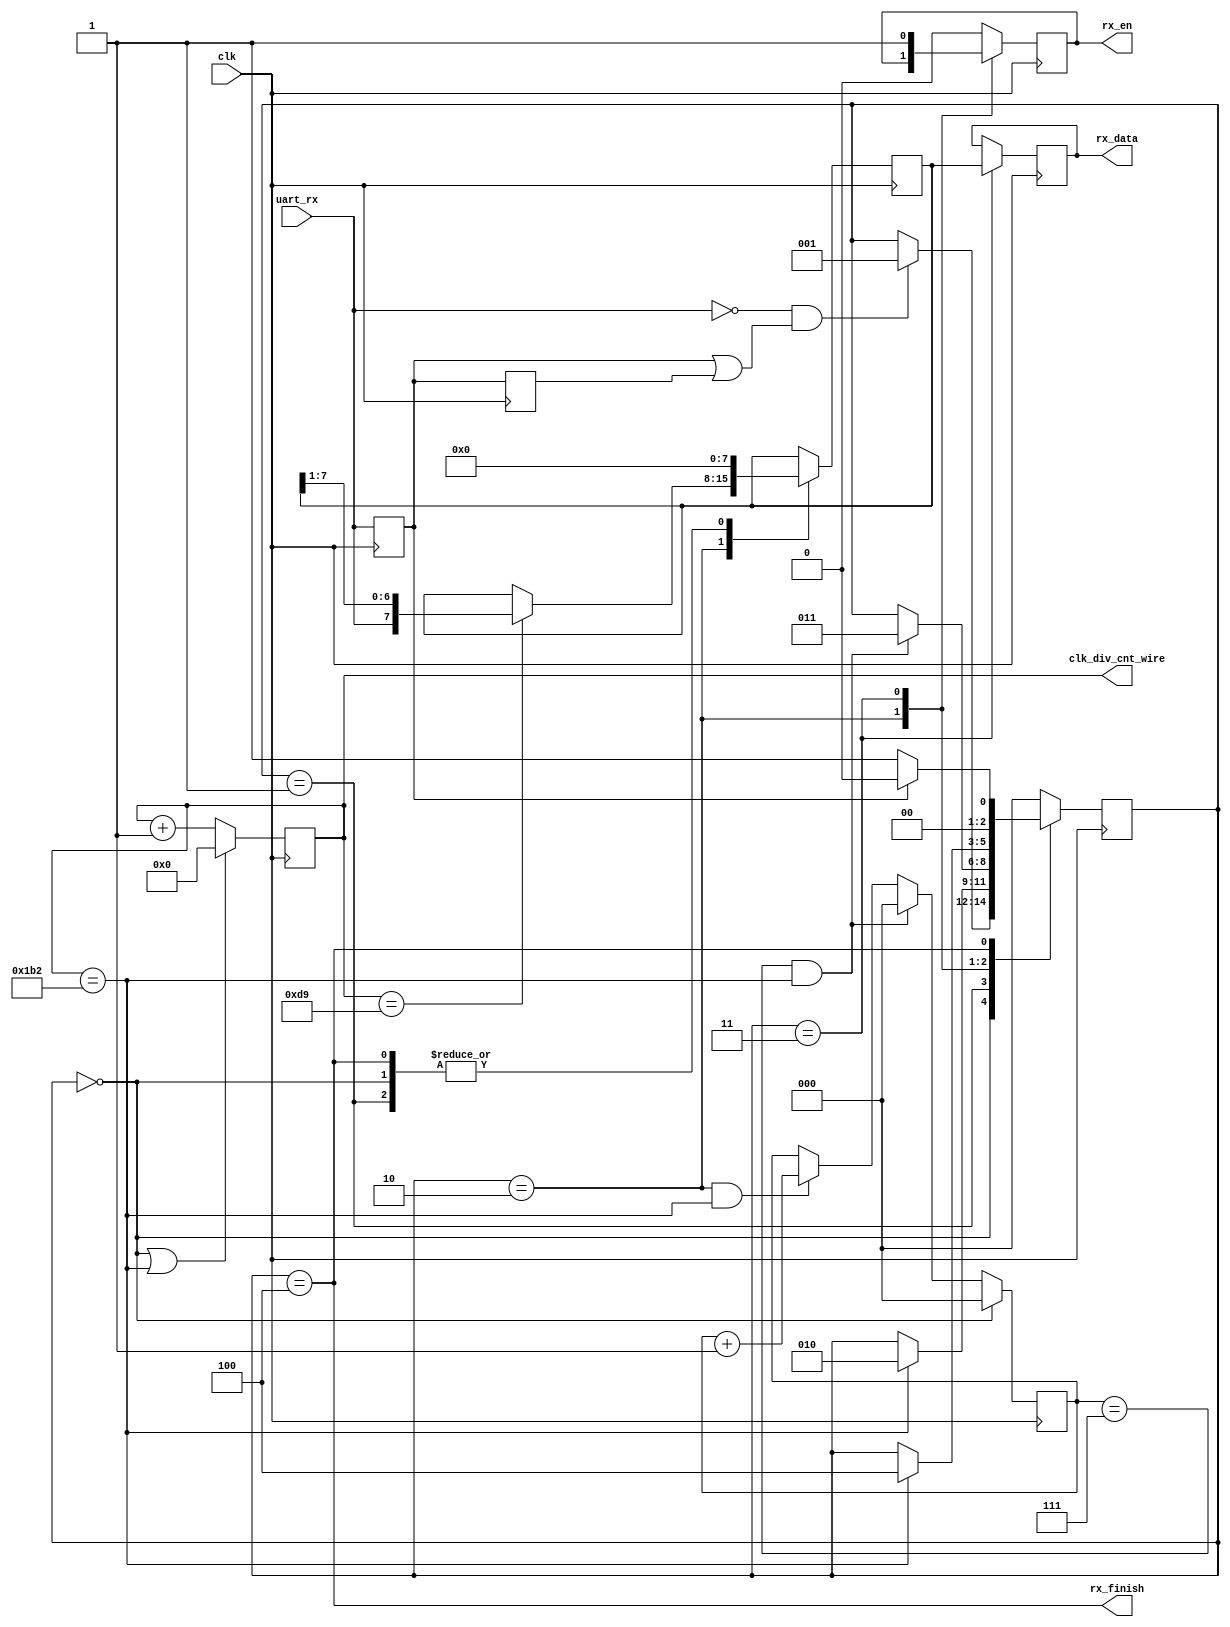
`timescale 1ns / 1ps
//////////////////////////////////////////////////////////////////////////////////
// Company:Meyesemi 
// 
// Design Name:  
// Module Name: 
// Project Name: 
// Target Devices: Pango
// Tool Versions: 
// Description: 
//      
// Dependencies: 
// 
// Revision:
// Revision 1.0 - File Created
// Additional Comments:
// 
//////////////////////////////////////////////////////////////////////////////////

`define UD #1

module uart_rx # (
    parameter            BPS_NUM     =    16'd434
//  4800  bit:50MHz set 10417  40MHz set 8333
//  9600  bit:50MHz set 5208   40MHz set 4167
//  115200bit:50MHz set 434    40MHz set 347
)
(
      //input ports
      input             clk,
      input             uart_rx,
    
      //output ports
      output reg [7:0]  rx_data,
      output reg        rx_en,
      output            rx_finish,
      output     [15:0]   clk_div_cnt_wire
);

    // uart rx state machine's state
    localparam  IDLE         = 4'h0;    //.
    localparam  RECEIV_START = 4'h1;    //Uart.
    localparam  RECEIV_DATA  = 4'h2;    //Uart8bit8stop.
    localparam  RECEIV_STOP  = 4'h3;    //.
    localparam  RECEIV_END   = 4'h4;    //.

    //==========================================================================
    //wire and reg in the module
    //==========================================================================
    reg    [2:0]        rx_state=0;       //current state of tx state machine. 
    reg    [2:0]        rx_state_n=0;     //next state of tx state machine.    
    reg    [7:0]        rx_data_reg;      //                                   
    reg                 uart_rx_1d;       //save uart_rx one cycle.            uart_rx
    reg                 uart_rx_2d;       //save uart_rx one cycle.uart_rx 
    wire                start;            //active when start a byte receive.  start
    reg    [15:0]       clk_div_cnt;      //count for division the clock.      

    assign clk_div_cnt_wire = clk_div_cnt;

    //==========================================================================
    //logic
    //==========================================================================
    
    //some control single.  
    always @ (posedge clk) 
    begin
         uart_rx_1d <= `UD uart_rx;
         uart_rx_2d <= `UD  uart_rx_1d;
    end

    assign start     = (!uart_rx) && (uart_rx_1d || uart_rx_2d);
    assign rx_finish = (rx_state == RECEIV_END);


    //division the clock to satisfy baud rate.   
    always @ (posedge clk)
    begin
        if(rx_state == IDLE || clk_div_cnt == BPS_NUM)  //
            clk_div_cnt   <= `UD 16'h0;
        else
            clk_div_cnt   <= `UD clk_div_cnt + 16'h1;
    end
    
    // receive bit data numbers 
    //bit1  //
    reg    [2:0]      rx_bit_cnt=0;    //the bits number has transmited.
    always @ (posedge clk)
    begin
        if(rx_state == IDLE)
            rx_bit_cnt <= `UD 3'h0;
        else if((rx_bit_cnt == 3'h7) && (clk_div_cnt == BPS_NUM))
            rx_bit_cnt <= `UD 3'h0;
        else if((rx_state == RECEIV_DATA) && (clk_div_cnt == BPS_NUM)) //
            rx_bit_cnt <= `UD rx_bit_cnt + 3'h1;
        else 
            rx_bit_cnt <= `UD rx_bit_cnt;
    end

//==========================================================================
//receive state machine
//==========================================================================
    //
    always @(posedge clk)
    begin
        rx_state <= rx_state_n;
    end
    
    //
    always @ (*)
    begin
      case(rx_state)
          IDLE       :  
          begin
              if(start)                                     //startstart
                  rx_state_n = RECEIV_START;
              else
                  rx_state_n = rx_state;
          end
          RECEIV_START    :  
          begin
              if(clk_div_cnt == BPS_NUM)                     //start1bit start
                  rx_state_n = RECEIV_DATA;
              else
                  rx_state_n = rx_state;
          end
          RECEIV_DATA    :  
          begin
              if(rx_bit_cnt == 3'h7 && clk_div_cnt == BPS_NUM) //8bit8bit
                  rx_state_n = RECEIV_STOP;
              else
                  rx_state_n = rx_state;
          end
          RECEIV_STOP    :  
          begin
              if(clk_div_cnt == BPS_NUM)                       //stop1bit stop
                  rx_state_n = RECEIV_END;
              else
                  rx_state_n = rx_state;
          end
          RECEIV_END    :  
          begin
              if(!uart_rx_1d)                                  //startstart
                  rx_state_n = RECEIV_START;
              else                                             //start
                  rx_state_n = IDLE;
          end
          default    :  rx_state_n = IDLE;
      endcase
    end
    
    // 
    always @ (posedge clk)
    begin
        case(rx_state)
            IDLE         ,
            RECEIV_START :                               //start
            begin
                rx_en <= `UD 1'b0;
                rx_data_reg <= `UD 8'h0;
            end
            RECEIV_DATA  :  
            begin
                if(clk_div_cnt == BPS_NUM[15:1])        //
                    rx_data_reg  <= `UD {uart_rx , rx_data_reg[7:1]};  //uart_rxUartbit
            end
            RECEIV_STOP  : 
            begin
                rx_en   <= `UD 1'b1;                    // 
                rx_data <= `UD rx_data_reg;             // 
            end
            RECEIV_END    :  
            begin
                rx_data_reg <= `UD 8'h0;
                rx_en   <= `UD 1'b0;
            end
            default:    rx_en <= `UD 1'b0;
        endcase
    end

endmodule